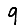
Digit: 9